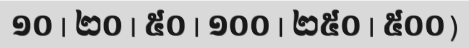
១០ | ២០ | ៥០ | ១០០ | ២៥០ | ៥០០)